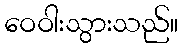
ဝေဝါးသွားသည်။